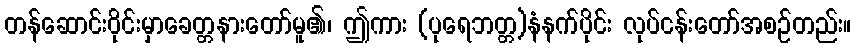
တန်ဆောင်းဝိုင်းမှာခေတ္တနားတော်မူ၏၊ ဤကား (ပုရေဘတ္တ)နံနက်ပိုင်း လုပ်ငန်းတော်အစဉ်တည်း။